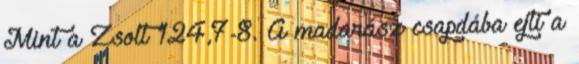
Mint a Zsolt 124,7-8. A madarász csapdába ejti a